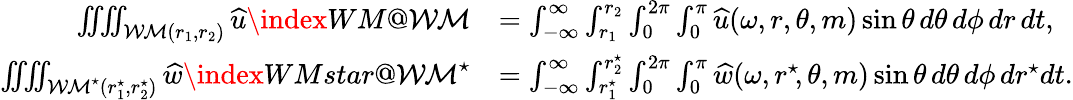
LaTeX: \begin{array}{rl}{\iiiint_{{\mathcal{WM}}(r_{1},r_{2})}{\widehat{u}}\index{WM@{\mathcal{WM}}}}&{=\int_{-\infty}^{\infty}\int_{r_{1}}^{r_{2}}\int_{0}^{2\pi}\int_{0}^{\pi}{\widehat{u}}(\omega,r,\theta,m)\sin\theta\, d\theta\, d\phi\, dr\, dt,}\\ {\iiiint_{{\mathcal{WM}^{\star}}(r_{1}^{\star},r_{2}^{\star})}\widehat{w}\index{WMstar@{\mathcal{WM}^{\star}}}}&{=\int_{-\infty}^{\infty}\int_{r_{1}^{\star}}^{r_{2}^{\star}}\int_{0}^{2\pi}\int_{0}^{\pi}\widehat{w}(\omega,r^{\star}\! ,\theta,m)\sin\theta\, d\theta\, d\phi\, dr^{\star}\! \, dt.}\end{array}